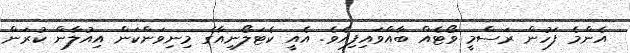
އެންމެ ފަހުން ރަސްމީ ވޯޓެއް ބާއްވައިފިއެވެ. އެއީ ކެޓަލޯނިއާގެ މިނިވަންކަން އިއުލާން ކުރަން